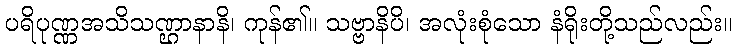
ပရိပုဏ္ဏအသိသဏ္ဌာနာနိ၊ ကုန်၏။ သဗ္ဗာနိပိ၊ အလုံးစုံသော နံရိုးတို့သည်လည်း။